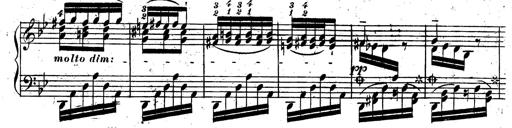
Title: Rondeau fantastique sur un thÃ¨me espagnol
Composer: Franz Liszt